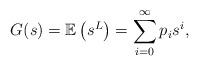
LaTeX: \begin{align*}G(s)=\mathbb{E}\left(s^L\right)=\sum_{i=0}^{\infty} p_i s^i,\end{align*}